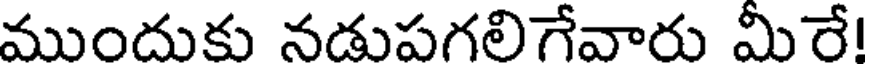
ముందుకు నడుపగలిగేవారు మీరే!